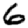
Digit: 6